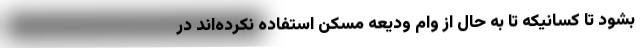
بشود تا کسانیکه تا به حال از وام ودیعه مسکن استفاده نکرده‌اند در